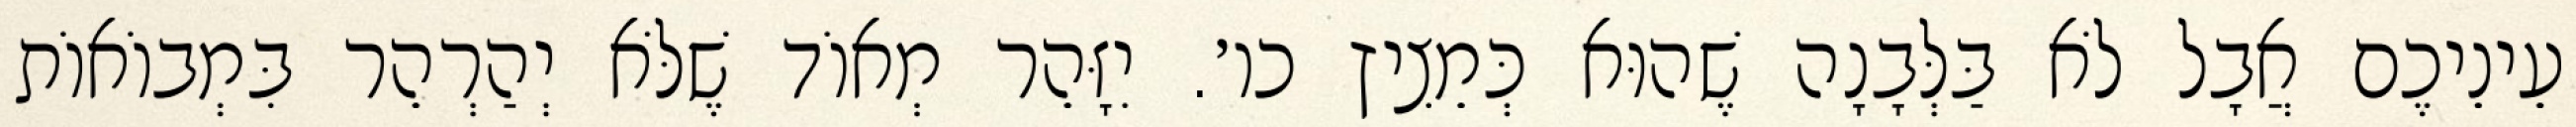
עֵינֵיכֶם אֲבָל לֹא בַּלְּבָנָה שֶׁהוּא כְּמֵצִיץ כו׳. יִזָּהֵר מְאוֹד שֶׁלֹּא יְהַרְהֵר בִּמְבוֹאוֹת